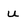
Character: u